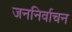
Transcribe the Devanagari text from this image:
जननिर्वाचन